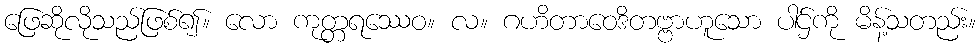
ဖြေဆိုလိုသည်ဖြစ်၍။ လော ကုတ္တရဿေဝ။ လ။ ဂဟိတာဝေဒိတဗ္ဗာဟူသော ပါဌ်ကို မိန့်သတည်း။